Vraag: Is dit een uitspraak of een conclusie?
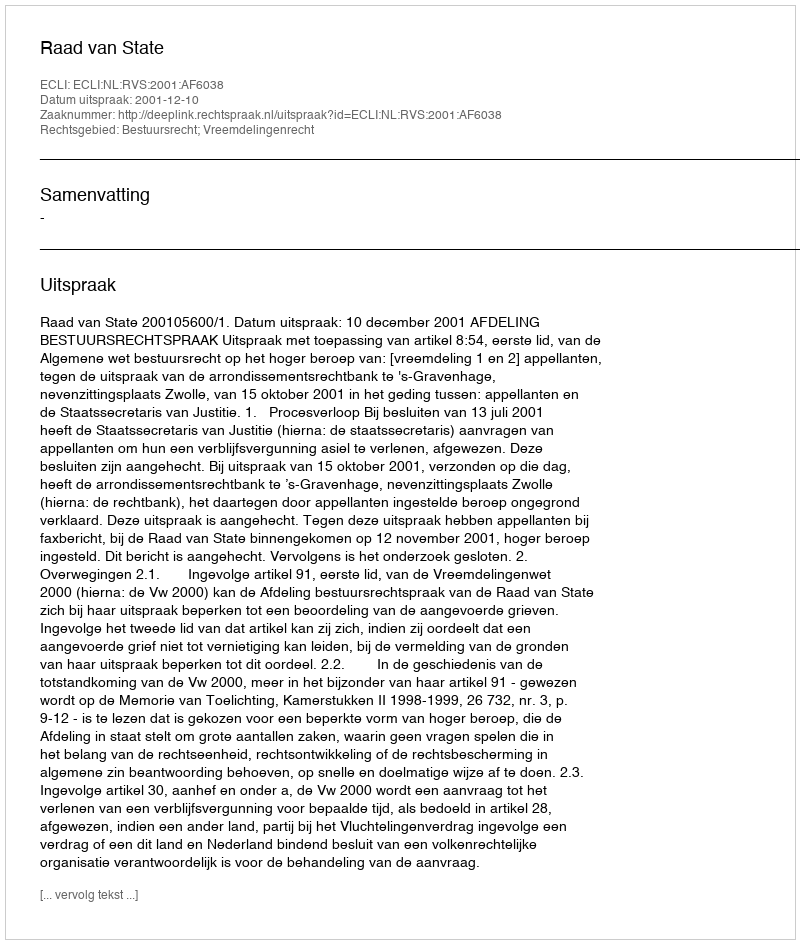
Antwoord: Uitspraak